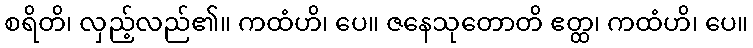
စရိတိ၊ လှည့်လည်၏။ ကထံဟိ၊ ပေ။ ဇနေသုတောတိ ဧတ္ထ၊ ကထံဟိ၊ ပေ။